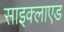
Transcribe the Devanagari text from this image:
साइक्लाएड